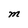
Character: M